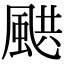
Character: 𩗄